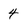
Character: 4